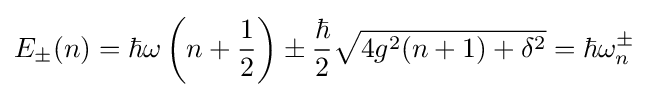
E_{\pm }(n)=\hbar \omega \left(n+{\frac {1}{2}}\right)\pm {\frac {\hbar }{2}}{\sqrt {4g^{2}(n+1)+\delta ^{2}}}=\hbar \omega _{n}^{\pm }